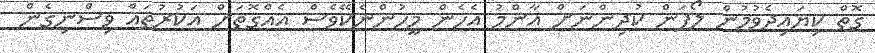
ގޮތް ކިޔައިދެވުމުން ލޯފަން ކުދިންނަށް އާންމު އެހެން މީހުންނެކޭވެސް އެއްގޮތަށް އަކުރުތައް ވިސްނިގެން